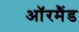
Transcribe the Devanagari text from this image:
ऑरमैंड